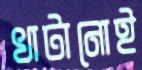
খাটানোই